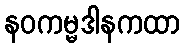
နဝကမ္မဒါနကထာ